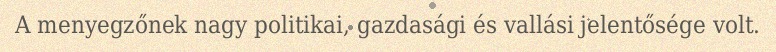
A menyegzőnek nagy politikai, gazdasági és vallási jelentősége volt.